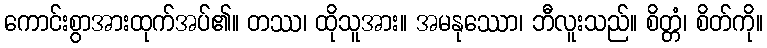
ကောင်းစွာအားထုက်အပ်၏။ တဿ၊ ထိုသူအား။ အမနုဿော၊ ဘီလူးသည်။ စိတ္တံ၊ စိတ်ကို။